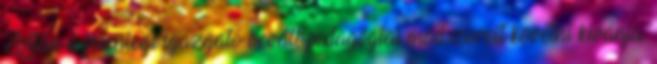
Zoltán a jelenlegi igazgató bevált pedagógiai módszereit követni kívánja.